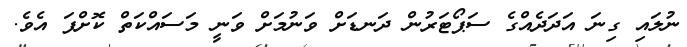
ނުލައި ގިނަ އަދަދެއްގެ ސަޕޯޓަރުން ދަނޑަށް ވަނުމަށް ވަނީ މަސައްކަތް ކޮށްފަ އެވެ.